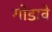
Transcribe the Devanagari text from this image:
गोडावे